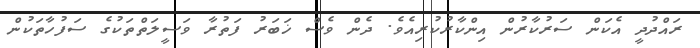
ރައްދުދީ އެކަން ސަރުކާރުން އިންކާރުކުރިއެވެ. ދެން ވެސް ޚަބަރު ފަތުރާ ވަސީލަތްތަކުގެ ސަފުހާތަކުން